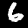
Digit: 6